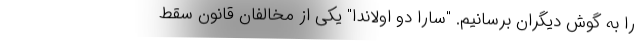
را به گوش دیگران برسانیم. "سارا دو اولاندا" یکی از مخالفان قانون سقط